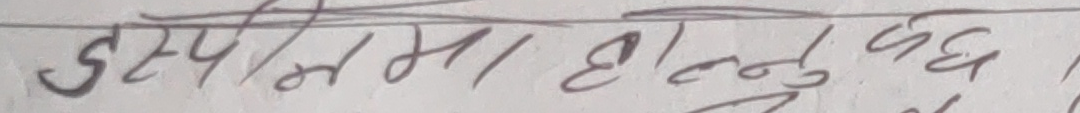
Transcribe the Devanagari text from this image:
जस्पुमा हाल्नुपर्दछ